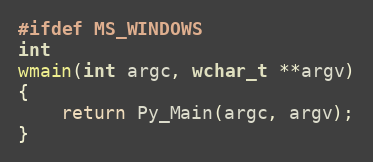
Language: C
#ifdef MS_WINDOWS
int
wmain(int argc, wchar_t **argv)
{
    return Py_Main(argc, argv);
}